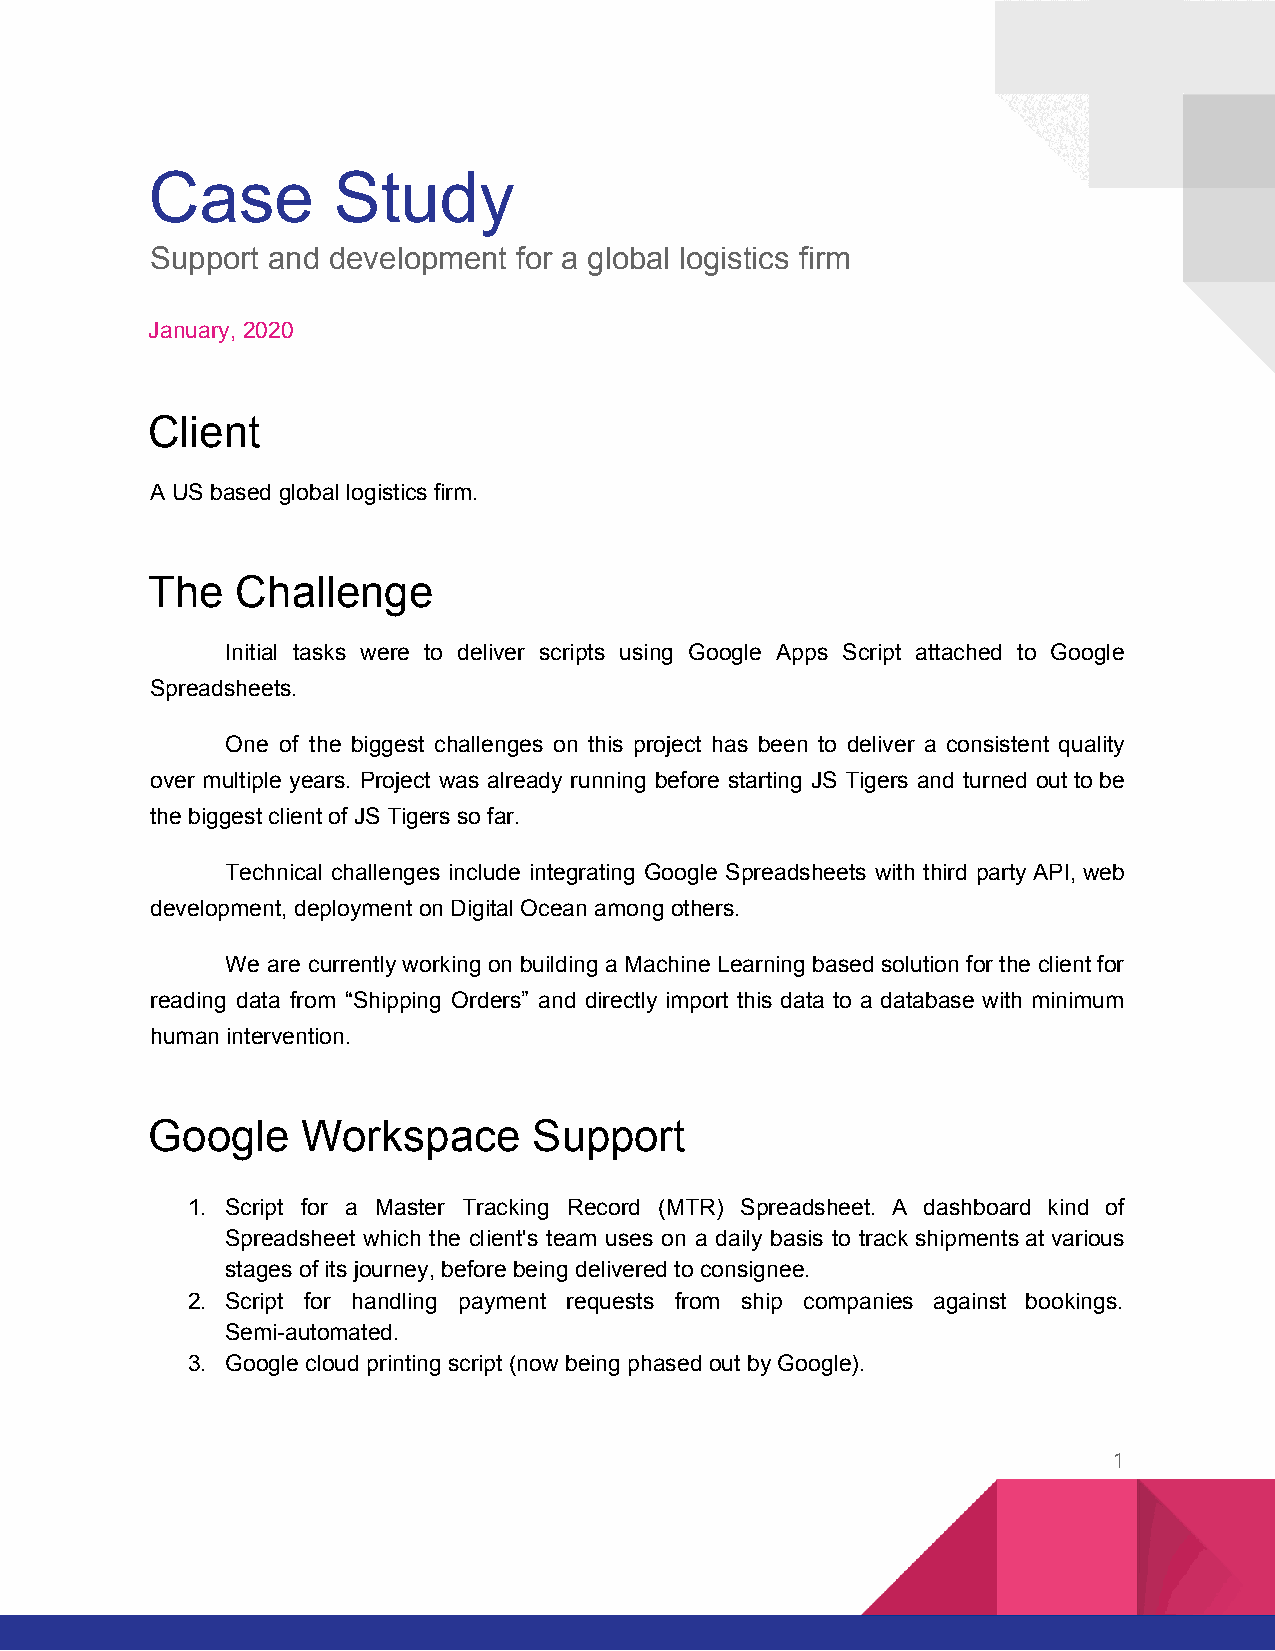
Case        Study
 Support and development for a global logistics firm
 January, 2020
 Client
 A US based global logistics firm.
 The   Challenge
 Initial tasks were to deliver scripts using Google Apps Script attached to Google
 Spreadsheets.
 One of the biggest challenges on this project has been to deliver a consistent quality
 over multiple years. Project was already running before starting JS Tigers and turned out to be
 the biggest client of JS Tigers so far.
 Technical challenges include integrating Google Spreadsheets with third party API, web
 development, deployment on Digital Ocean among others.
 We are currently working on building a Machine Learning based solution for the client for
 reading data from “Shipping Orders” and directly import this data to a database with minimum
 human intervention.
 Google    Workspace      Support
 1. Script for a Master Tracking Record (MTR) Spreadsheet. A dashboard kind of
 Spreadsheet which the client's team uses on a daily basis to track shipments at various
 stages of its journey, before being delivered to consignee.
 2. Script for handling payment requests from ship companies against bookings.
 Semi-automated.
 3. Google cloud printing script (now being phased out by Google).
 1